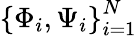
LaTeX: \left\{ \Phi_{i},\Psi_{i}\right\} _{i=1}^{N}